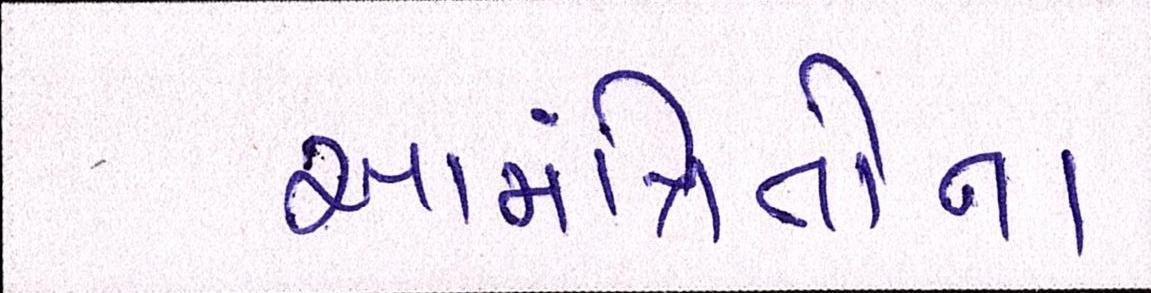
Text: આમંત્રિતોના